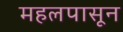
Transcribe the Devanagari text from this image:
महलपासून